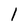
Character: 1